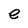
Character: e